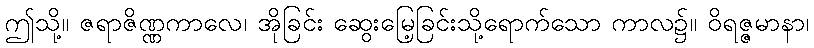
ဤသို့။ ဇရာဇိဏ္ဏကာလေ၊ အိုခြင်း ဆွေးမြေ့ခြင်းသို့ရောက်သော ကာလ၌။ ဝိရဇ္ဇမာနာ၊